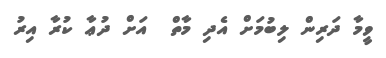
ވީމާ ދަރިން ލިބުމަށް އެދި މާތް  އަށް ދުޢާ ކުރާ އިރު